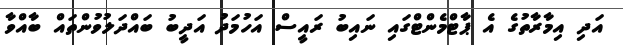
އަދި އިމާރާތުގެ އެ ޕާޓްމެންޓްގައި ނައިބު ރައީސް އަހުމަދު އަދީބު ބައްދަލުވުންތައް ބާއްވާ